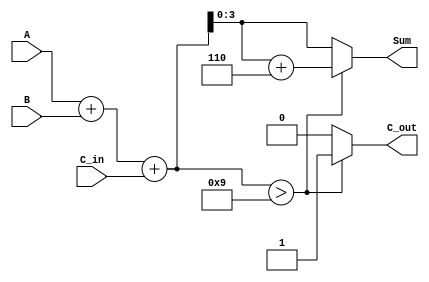
module bcd_adder (
    input  wire [3:0] A,      // First BCD digit
    input  wire [3:0] B,      // Second BCD digit
    input  wire C_in,         // Carry input
    output reg  [3:0] Sum,    // BCD sum output
    output reg  C_out         // Carry output
);

    wire [4:0] S;             // Intermediate sum (5 bits)

    // Step 1: Binary addition of A, B, and C_in
    assign S = A + B + C_in;

    // Step 2: BCD correction logic
    always @(*) begin
        if (S > 9) begin
            Sum = S + 6;       // Apply correction by adding 6
            C_out = 1;        // Set carry output
        end else begin
            Sum = S[3:0];     // No correction needed, take lower 4 bits
            C_out = 0;        // No carry
        end
    end

endmodule